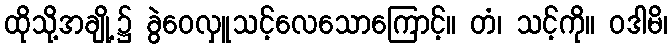
ထိုသို့အချို့၌ ခွဲဝေလှူသင့်လေသောကြောင့်။ တံ၊ သင့်ကို။ ဝဒါမိ၊